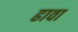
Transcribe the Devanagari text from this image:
ढावा